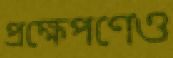
প্রক্ষেপণেও